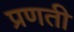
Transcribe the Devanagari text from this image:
प्रणती